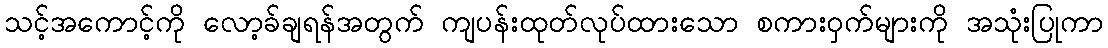
သင့်အကောင့်ကို လော့ခ်ချရန်အတွက် ကျပန်းထုတ်လုပ်ထားသော စကားဝှက်များကို အသုံးပြုကာ